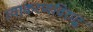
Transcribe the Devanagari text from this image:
व्याकरणविरुद्ध